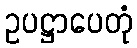
ဥပဋ္ဌာပေတုံ